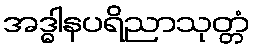
အဒ္ဓါနပရိညာသုတ္တံ